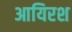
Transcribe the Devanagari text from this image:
आयिरश